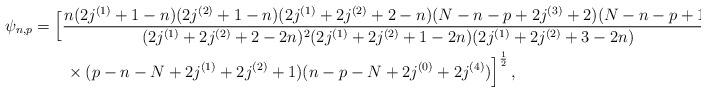
LaTeX: \begin{align*}\psi_{n,p} &= \Big[{\frac{n(2j^{(1)}+1-n)(2j^{(2)}+1-n)(2j^{(1)}+2j^{(2)}+2-n)(N-n-p+2j^{(3)}+2)(N-n-p+1) }{(2j^{(1)}+2j^{(2)} +2-2n)^2(2j^{(1)}+2j^{(2)}+1-2n)(2j^{(1)}+2j^{(2)}+3-2n) } } \\ &\qquad\times { (p-n-N+2j^{(1)}+2j^{(2)}+1)(n-p-N +2j^{(0)}+2j^{(4)}) }\Big]^{\frac12}\,, \end{align*}